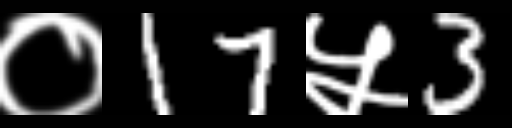
Text: ०17५3